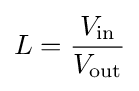
L={\frac {V_{\mathrm {in} }}{V_{\mathrm {out} }}}